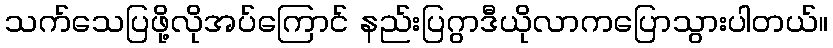
သက်သေပြဖို့လိုအပ်ကြောင် နည်းပြဂွာဒီယိုလာကပြောသွားပါတယ်။